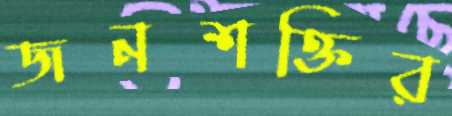
জনশক্তির